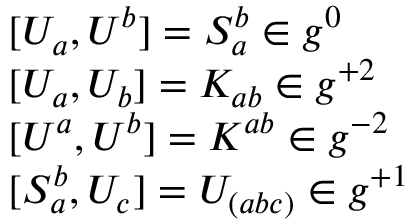
\begin{array} { l } { { { [ } U _ { a } , U ^ { b } { ] } = S _ { a } ^ { b } \in g ^ { 0 } } } \\ { { { [ } U _ { a } , U _ { b } { ] } = K _ { a b } \in g ^ { + 2 } } } \\ { { { [ } U ^ { a } , U ^ { b } { ] } = K ^ { a b } \in g ^ { - 2 } } } \\ { { { [ } S _ { a } ^ { b } , U _ { c } { ] } = U _ { ( a b c ) } \in g ^ { + 1 } } } \end{array}